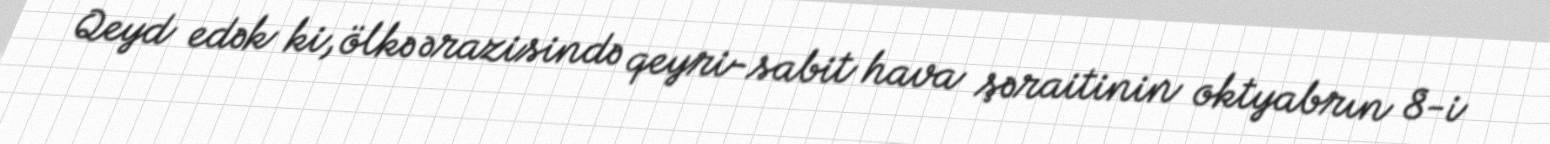
Qeyd edək ki, ölkə ərazisində qeyri-sabit hava şəraitinin oktyabrın 8-i